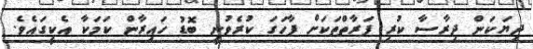
ދިޔަކަން ދިރާސާ ކުރި ފަރާތްތަކަށް ފާހަގަ ކުރެވުނީ ބޮޑު ހައިރާން ކަމަކާ އެކީގައެވެ.